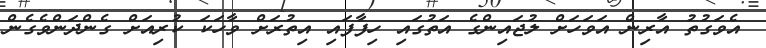
އެވަގުތު އާރިން އަވަހަށް ލުޖައިންގެ އަތުގައި ހިފާފައި އިތުރަށް ވާހަކަ ކުރިއަށް ގެންދަންވެގެން